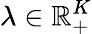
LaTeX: \lambda\in\mathbb{R}_{+}^{K}